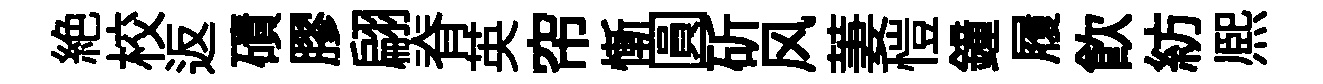
絶校返磧膠翩脊英帘慚圓斫风萋愷鐘履飲紡熈